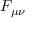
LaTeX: F _ { \mu \nu }